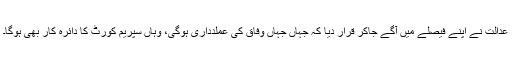
عدالت نے اپنے فیصلے میں آگے جاکر قرار دیا کہ جہاں جہاں وفاق کی عملدداری ہوگی، وہاں سپریم کورٹ کا دائرہ کار بھی ہوگا۔